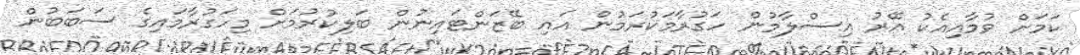
ކަމަށް ވުމާއިއެކު އޭރު އިސްލާމުން ހަގުރާމަކުރަމުން އައި ބޭޒަންޓައިނުން ބަލިކުރުމަށް މިހަގުރާމައިގެ ސަބަބުން